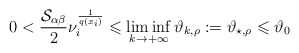
\begin{align*} 0 < \frac{\mathcal{S}_{\alpha\beta}}{2}\nu_{i}^{\frac{1}{q(x_i)}} \leqslant \liminf_{k\to+\infty}\vartheta_{k,\rho}:=\vartheta_{\star,\rho} \leqslant \vartheta_{0} \end{align*}